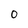
Character: 0